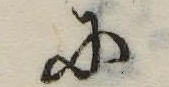
に